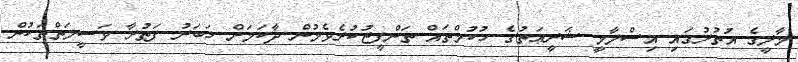
މާލީގެ އުތުރުގައި އިސްލާމީ ޝަރީޢަތުގެ ހުކުމްތައް ތަންފީޒުކުރެވެމުން ދާކަމަށް ޚަބަރު ފަތުރާ ވަސީލަތްތަކުން